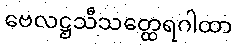
ဗေလဋ္ဌသီသတ္ထေရဂါထာ